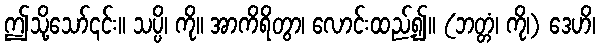
ဤသို့သော်၎င်း။ သပ္ပိ၊ ကို။ အာကိရိတွာ၊ လောင်းထည့်၍။ (ဘတ္တံ၊ ကို၊) ဒေဟိ၊